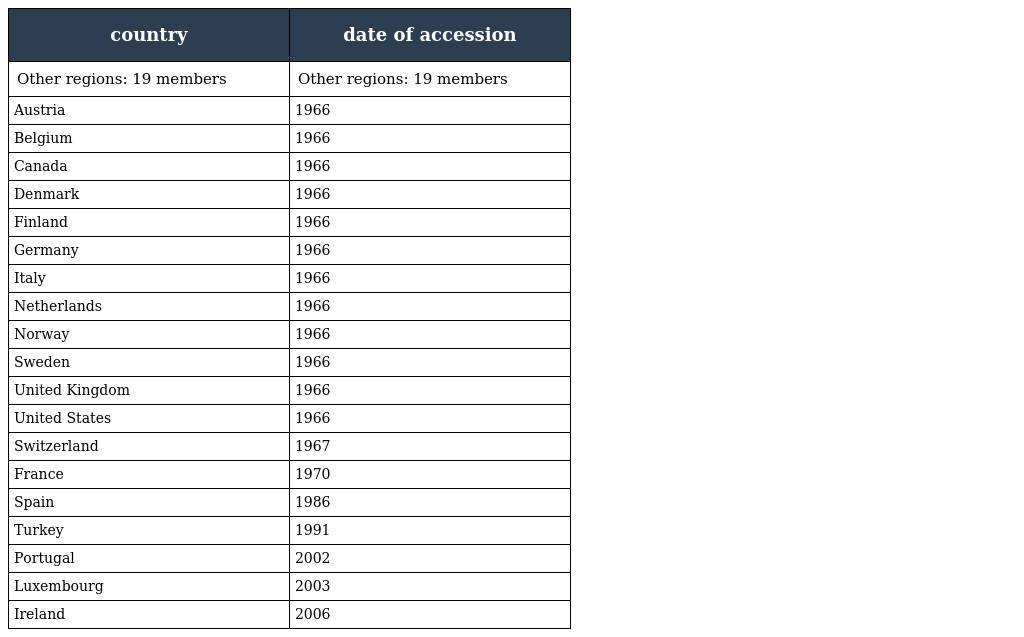
| country | date of accession |
 | --- | --- |
 | Other regions: 19 members | Other regions: 19 members |
 | Austria | 1966 |
 | Belgium | 1966 |
 | Canada | 1966 |
 | Denmark | 1966 |
 | Finland | 1966 |
 | Germany | 1966 |
 | Italy | 1966 |
 | Netherlands | 1966 |
 | Norway | 1966 |
 | Sweden | 1966 |
 | United Kingdom | 1966 |
 | United States | 1966 |
 | Switzerland | 1967 |
 | France | 1970 |
 | Spain | 1986 |
 | Turkey | 1991 |
 | Portugal | 2002 |
 | Luxembourg | 2003 |
 | Ireland | 2006 |